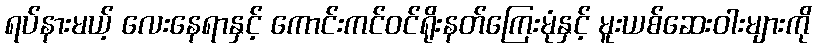
ရပ်နားမယ့် လေးနေရာနှင့် ကောင်းကင်ဝင်ရိုးနတ်ကြေးမုံနှင့် မူးယစ်ဆေးဝါးများကို